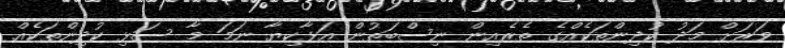
ވަރަށް މަދު ކުދިންތަކެއްގެ ތެރެއިން ނިސްބަތުން އަޅާކިޔާ ނަމަ މާ ސަޅި ކުދިންތަކެއް